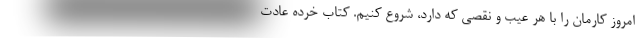
امروز کارمان را با هر عیب و نقصی که دارد، شروع کنیم. کتاب خرده عادت